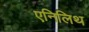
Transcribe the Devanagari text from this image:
एनिलिथ